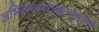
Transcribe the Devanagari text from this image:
अभिज्ञानशाकुन्तलम्‌